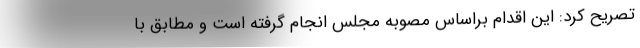
تصریح کرد: ‌این اقدام براساس مصوبه مجلس انجام گرفته است و مطابق با